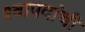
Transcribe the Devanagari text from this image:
श्वापदांची